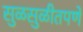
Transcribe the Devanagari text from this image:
सुळसुळीतपणे